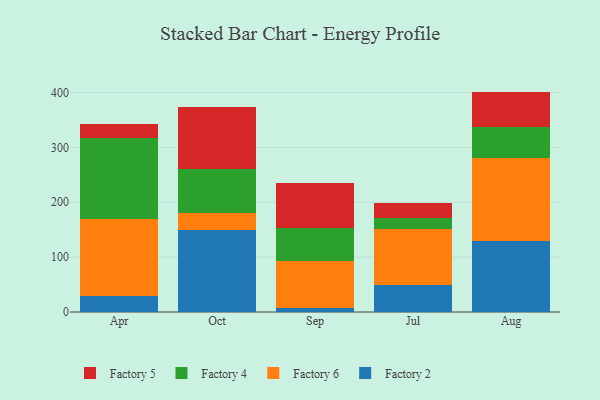
{"axis": {"x": "Month", "y": "Conversion Rate (%)"}, "legend": ["Factory 2", "Factory 4", "Factory 5", "Factory 6"], "data": [{"x": "Apr", "y": 28.7, "type": "Factory 2"}, {"x": "Apr", "y": 140.8, "type": "Factory 6"}, {"x": "Apr", "y": 147.6, "type": "Factory 4"}, {"x": "Apr", "y": 26.3, "type": "Factory 5"}, {"x": "Oct", "y": 149.2, "type": "Factory 2"}, {"x": "Oct", "y": 30.7, "type": "Factory 6"}, {"x": "Oct", "y": 80.8, "type": "Factory 4"}, {"x": "Oct", "y": 112.9, "type": "Factory 5"}, {"x": "Sep", "y": 7.9, "type": "Factory 2"}, {"x": "Sep", "y": 84.9, "type": "Factory 6"}, {"x": "Sep", "y": 59.9, "type": "Factory 4"}, {"x": "Sep", "y": 82.9, "type": "Factory 5"}, {"x": "Jul", "y": 48.6, "type": "Factory 2"}, {"x": "Jul", "y": 101.9, "type": "Factory 6"}, {"x": "Jul", "y": 21.4, "type": "Factory 4"}, {"x": "Jul", "y": 27.5, "type": "Factory 5"}, {"x": "Aug", "y": 129.3, "type": "Factory 2"}, {"x": "Aug", "y": 150.6, "type": "Factory 6"}, {"x": "Aug", "y": 57.4, "type": "Factory 4"}, {"x": "Aug", "y": 64.4, "type": "Factory 5"}]}